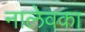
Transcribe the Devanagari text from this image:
नालेवका